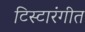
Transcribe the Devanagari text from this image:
टिस्टारंगीत